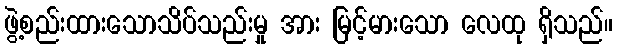
ဖွဲ့စည်းထားသောသိပ်သည်းမှု အား မြင့်မားသော လေထု ရှိသည်။